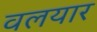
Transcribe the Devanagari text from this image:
वलयार